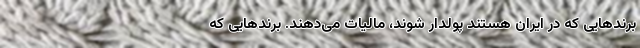
برندهایی که در ایران هستند پولدار شوند، مالیات می‌دهند. برندهایی که